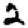
Digit: 2